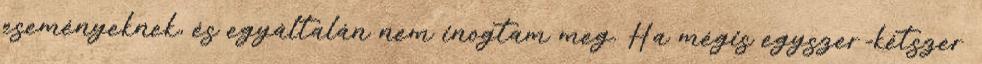
eseményeknek, és egyáltalán nem inogtam meg. Ha mégis egyszer-kétszer